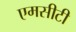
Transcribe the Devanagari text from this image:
एमसीटी